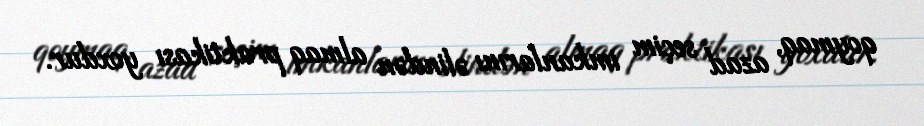
qoymaq, azad seçim imkanlarını əlindən almaq praktikası yoxdur.